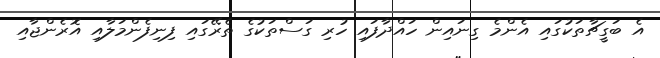
އެ ބަގީޗާތަކުގައި އެންމެ ގިނައިން ހައްދާފައި ހުރި ގަސްތަކުގެ ތެރޭގައި ފިނިފެންމަލާއި އޮރެންޖާއި